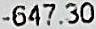
-647.30